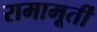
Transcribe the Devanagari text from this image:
रामामूर्ती